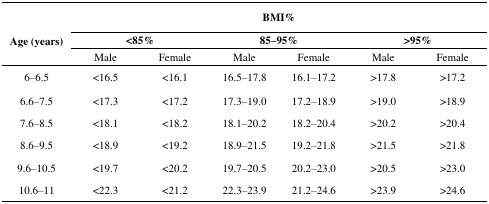
<table><thead><tr><td></td><td colspan="6"><b>BMI%</b></td></tr><tr><td><b>Age (years)</b></td><td colspan="2"><b>&lt;85%</b></td><td colspan="2"><b>85–95%</b></td><td colspan="2"><b>&gt;95%</b></td></tr><tr><td></td><td><b>Male</b></td><td><b>Female</b></td><td><b>Male</b></td><td><b>Female</b></td><td><b>Male</b></td><td><b>Female</b></td></tr></thead><tbody><tr><td>6–6.5</td><td>&lt;16.5</td><td>&lt;16.1</td><td>16.5–17.8</td><td>16.1–17.2</td><td>&gt;17.8</td><td>&gt;17.2</td></tr><tr><td>6.6–7.5</td><td>&lt;17.3</td><td>&lt;17.2</td><td>17.3–19.0</td><td>17.2–18.9</td><td>&gt;19.0</td><td>&gt;18.9</td></tr><tr><td>7.6–8.5</td><td>&lt;18.1</td><td>&lt;18.2</td><td>18.1–20.2</td><td>18.2–20.4</td><td>&gt;20.2</td><td>&gt;20.4</td></tr><tr><td>8.6–9.5</td><td>&lt;18.9</td><td>&lt;19.2</td><td>18.9–21.5</td><td>19.2–21.8</td><td>&gt;21.5</td><td>&gt;21.8</td></tr><tr><td>9.6–10.5</td><td>&lt;19.7</td><td>&lt;20.2</td><td>19.7–20.5</td><td>20.2–23.0</td><td>&gt;20.5</td><td>&gt;23.0</td></tr><tr><td>10.6–11</td><td>&lt;22.3</td><td>&lt;21.2</td><td>22.3–23.9</td><td>21.2–24.6</td><td>&gt;23.9</td><td>&gt;24.6</td></tr></tbody></table>